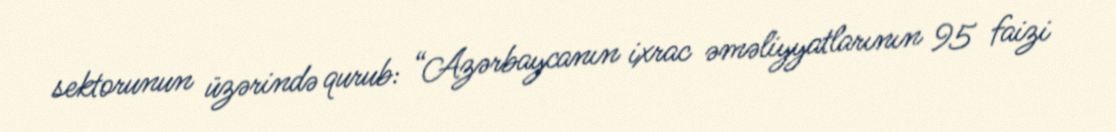
sektorunun üzərində qurub: “Azərbaycanın ixrac əməliyyatlarının 95 faizi